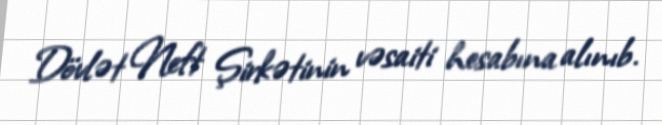
Dövlət Neft Şirkətinin vəsaiti hesabına alınıb.